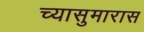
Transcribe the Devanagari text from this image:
च्यासुमारास